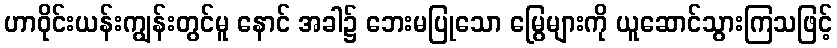
ဟာဝိုင်းယန်းကျွန်းတွင်မူ နောင် အခါ၌ ဘေးမပြုသော မြွေများကို ယူဆောင်သွားကြသဖြင့်